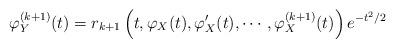
LaTeX: \begin{align*} \varphi_Y^{(k+1)}(t) = r_{k+1}\left( t, \varphi_X(t),\varphi_X'(t), \cdots,\varphi_X^{(k+1)}(t) \right) e^{-t^2/2}\end{align*}